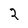
Character: 2